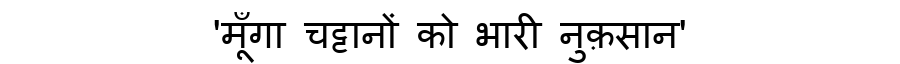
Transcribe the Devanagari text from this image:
'मूँगा चट्टानों को भारी नुक़सान'